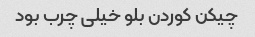
چیکن کوردن بلو خیلی چرب بود